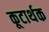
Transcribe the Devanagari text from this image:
कूटार्थक